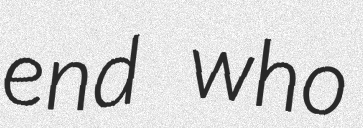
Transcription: end who